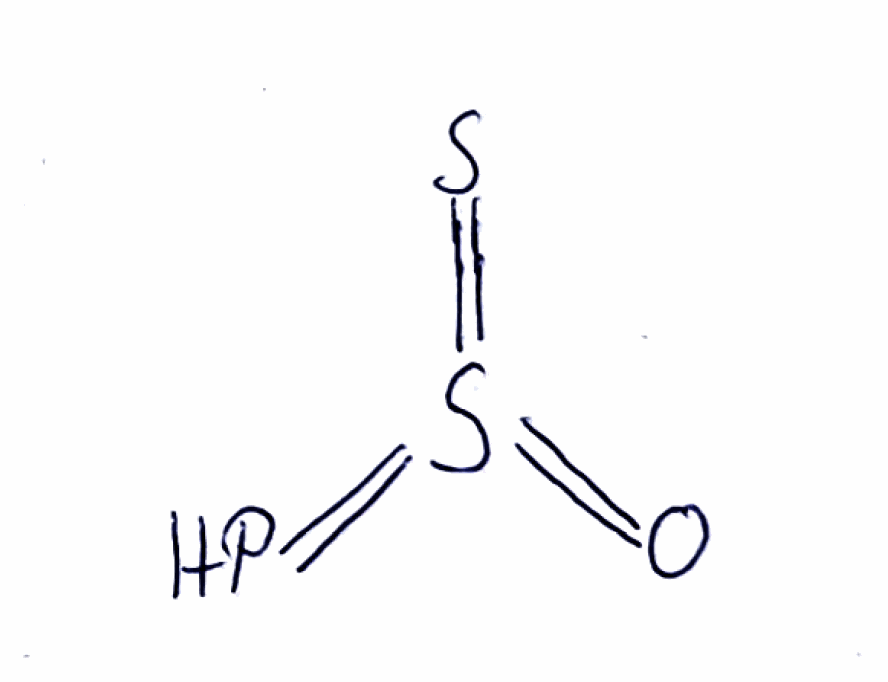
Simplified molecular-input line-entry system (SMILES) notation of the given molecule:
O=S(=P)=S